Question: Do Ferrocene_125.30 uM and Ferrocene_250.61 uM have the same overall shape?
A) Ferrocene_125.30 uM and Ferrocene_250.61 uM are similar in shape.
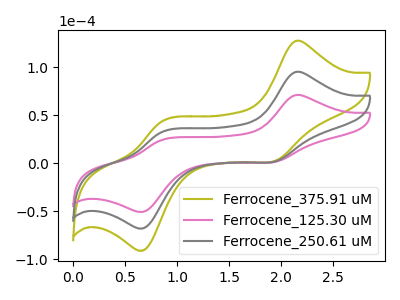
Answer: <think>The olive curve "Ferrocene_375.91 uM" has anodic peaks at (2.15V, 190.00uA) (0.85V, 65.00uA) and cathodic peaks at (1.95V, 3.75uA) (0.70V, -134.95uA). The pink curve "Ferrocene_125.30 uM" has anodic peaks at (2.15V, 70.90uA) (0.85V, 24.25uA) and cathodic peaks at (1.95V, 1.40uA) (0.70V, -50.35uA). The gray curve "Ferrocene_250.61 uM" has anodic peaks at (2.15V, 95.00uA) (0.85V, 32.50uA) and cathodic peaks at (1.95V, 1.90uA) (0.70V, -67.45uA).
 All the peaks in "Ferrocene_125.30 uM" have a peak in "Ferrocene_250.61 uM" at the same potential.</think>
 <answer>A) "Ferrocene_125.30 uM" and "Ferrocene_250.61 uM" are similar in shape.</answer>
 <eval>A</eval>